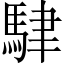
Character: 䮇